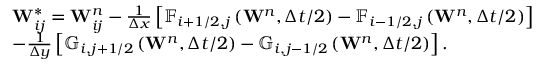
\begin{array} { r l } & { \mathbf { W } _ { i j } ^ { * } = \mathbf { W } _ { i j } ^ { n } - \frac { 1 } { \Delta x } \left[ { { \mathbb { F } } _ { i + 1 / 2 , j } } \left( { { \mathbf { W } } ^ { n } } , \Delta t / 2 \right) - { { \mathbb { F } } _ { i - 1 / 2 , j } } \left( { { \mathbf { W } } ^ { n } } , \Delta t / 2 \right) \right] } \\ & { - \frac { 1 } { \Delta y } \left[ { { \mathbb { G } } _ { i , j + 1 / 2 } } \left( { { \mathbf { W } } ^ { n } } , \Delta t / 2 \right) - { { \mathbb { G } } _ { i , j - 1 / 2 } } \left( { { \mathbf { W } } ^ { n } } , \Delta t / 2 \right) \right] . } \end{array}